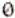
0